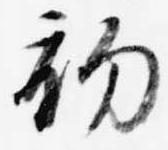
初